Report on the working of the Ranchi Indian Mental Hospital, Kanke, in Bihar and Orissa - 1930-1940
Year: 1930
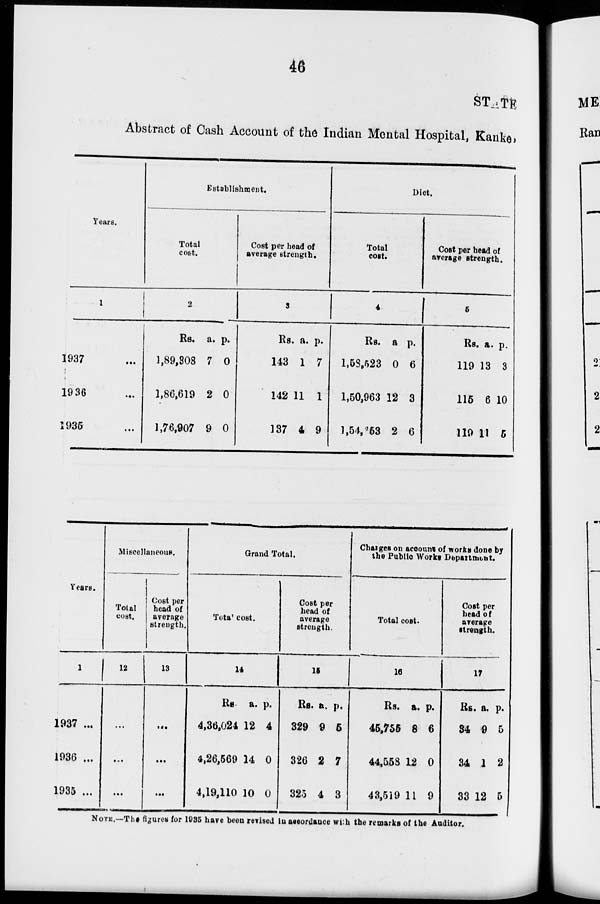
46
STATE
Abstract of Cash Account of the Indian Mental Hospital, Kanke,
Years.
1
1937 ...
1936 ...
1935 ...
Establishment.
Total
cost.
2
Rs.
1,89,308
1,86,619
1,76,907
a.
7
2
9
p.
0
0
0
Cost per head of
average strength.
3
Rs.
143
142
137
a.
1
11
4
p.
7
1
9
Diet.
Total
cost.
4
Rs.
1,53,523
1,50,963
1,5,253
a
0
12
2
p.
6
3
6
Cost per head of
average strength.
5
Rs.
119
115
119
a.
13
6
11
p.
3
10
5
Years.
1
1937 ...
1936 ...
1935 ...
Miscellaneous.
Total
cost.
12
...
...
...
Cost per
head of
average
strength.
13
...
...
...
Grand Total.
Total cost.
14
Rs.
4,36,024
4,26,569
4,19,110
a.
12
14
10
p.
4
0
0
Cost per
head of
average
strength.
15
Rs.
329
326
325
a.
9
2
4
p.
5
7
3
Charges on account of works done by
the Public Works Department.
Total cost.
16
Rs.
45,755
44,558
43,519
a.
8
12
11
p.
6
0
9
Cost per
head of
average
strength.
17
Rs.
34
34
33
a.
9
1
12
p.
5
2
5
NOTE —The figures for 1935 have been revised in accordance with the remarks of the Auditor.